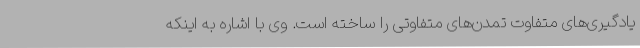
یادگیری‌های متفاوت تمدن‌های متفاوتی را ساخته است. وی با اشاره به اینکه